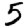
Digit: 5